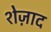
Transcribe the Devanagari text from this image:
शेज़ाद